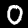
Digit: 0